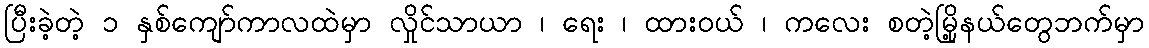
ပြီးခဲ့တဲ့ ၁ နှစ်ကျော်ကာလထဲမှာ လှိုင်သာယာ ၊ ရေး ၊ ထားဝယ် ၊ ကလေး စတဲ့မြို့နယ်တွေဘက်မှာ